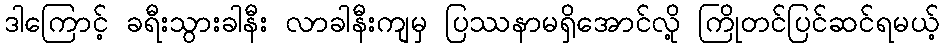
ဒါကြောင့် ခရီးသွားခါနီး လာခါနီးကျမှ ပြဿနာမရှိအောင်လို့ ကြိုတင်ပြင်ဆင်ရမယ့်